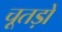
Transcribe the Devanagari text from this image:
चूतड़ों